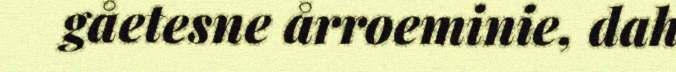
gåetesne årroeminie, dah